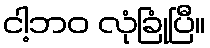
ငါ့ဘဝ လုံခြုံပြီ။